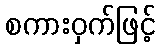
စကားဝှက်ဖြင့်